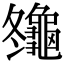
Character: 䶱